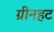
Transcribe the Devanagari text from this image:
ग्रीनहट